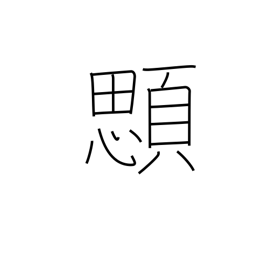
Meaning: gills of a fish